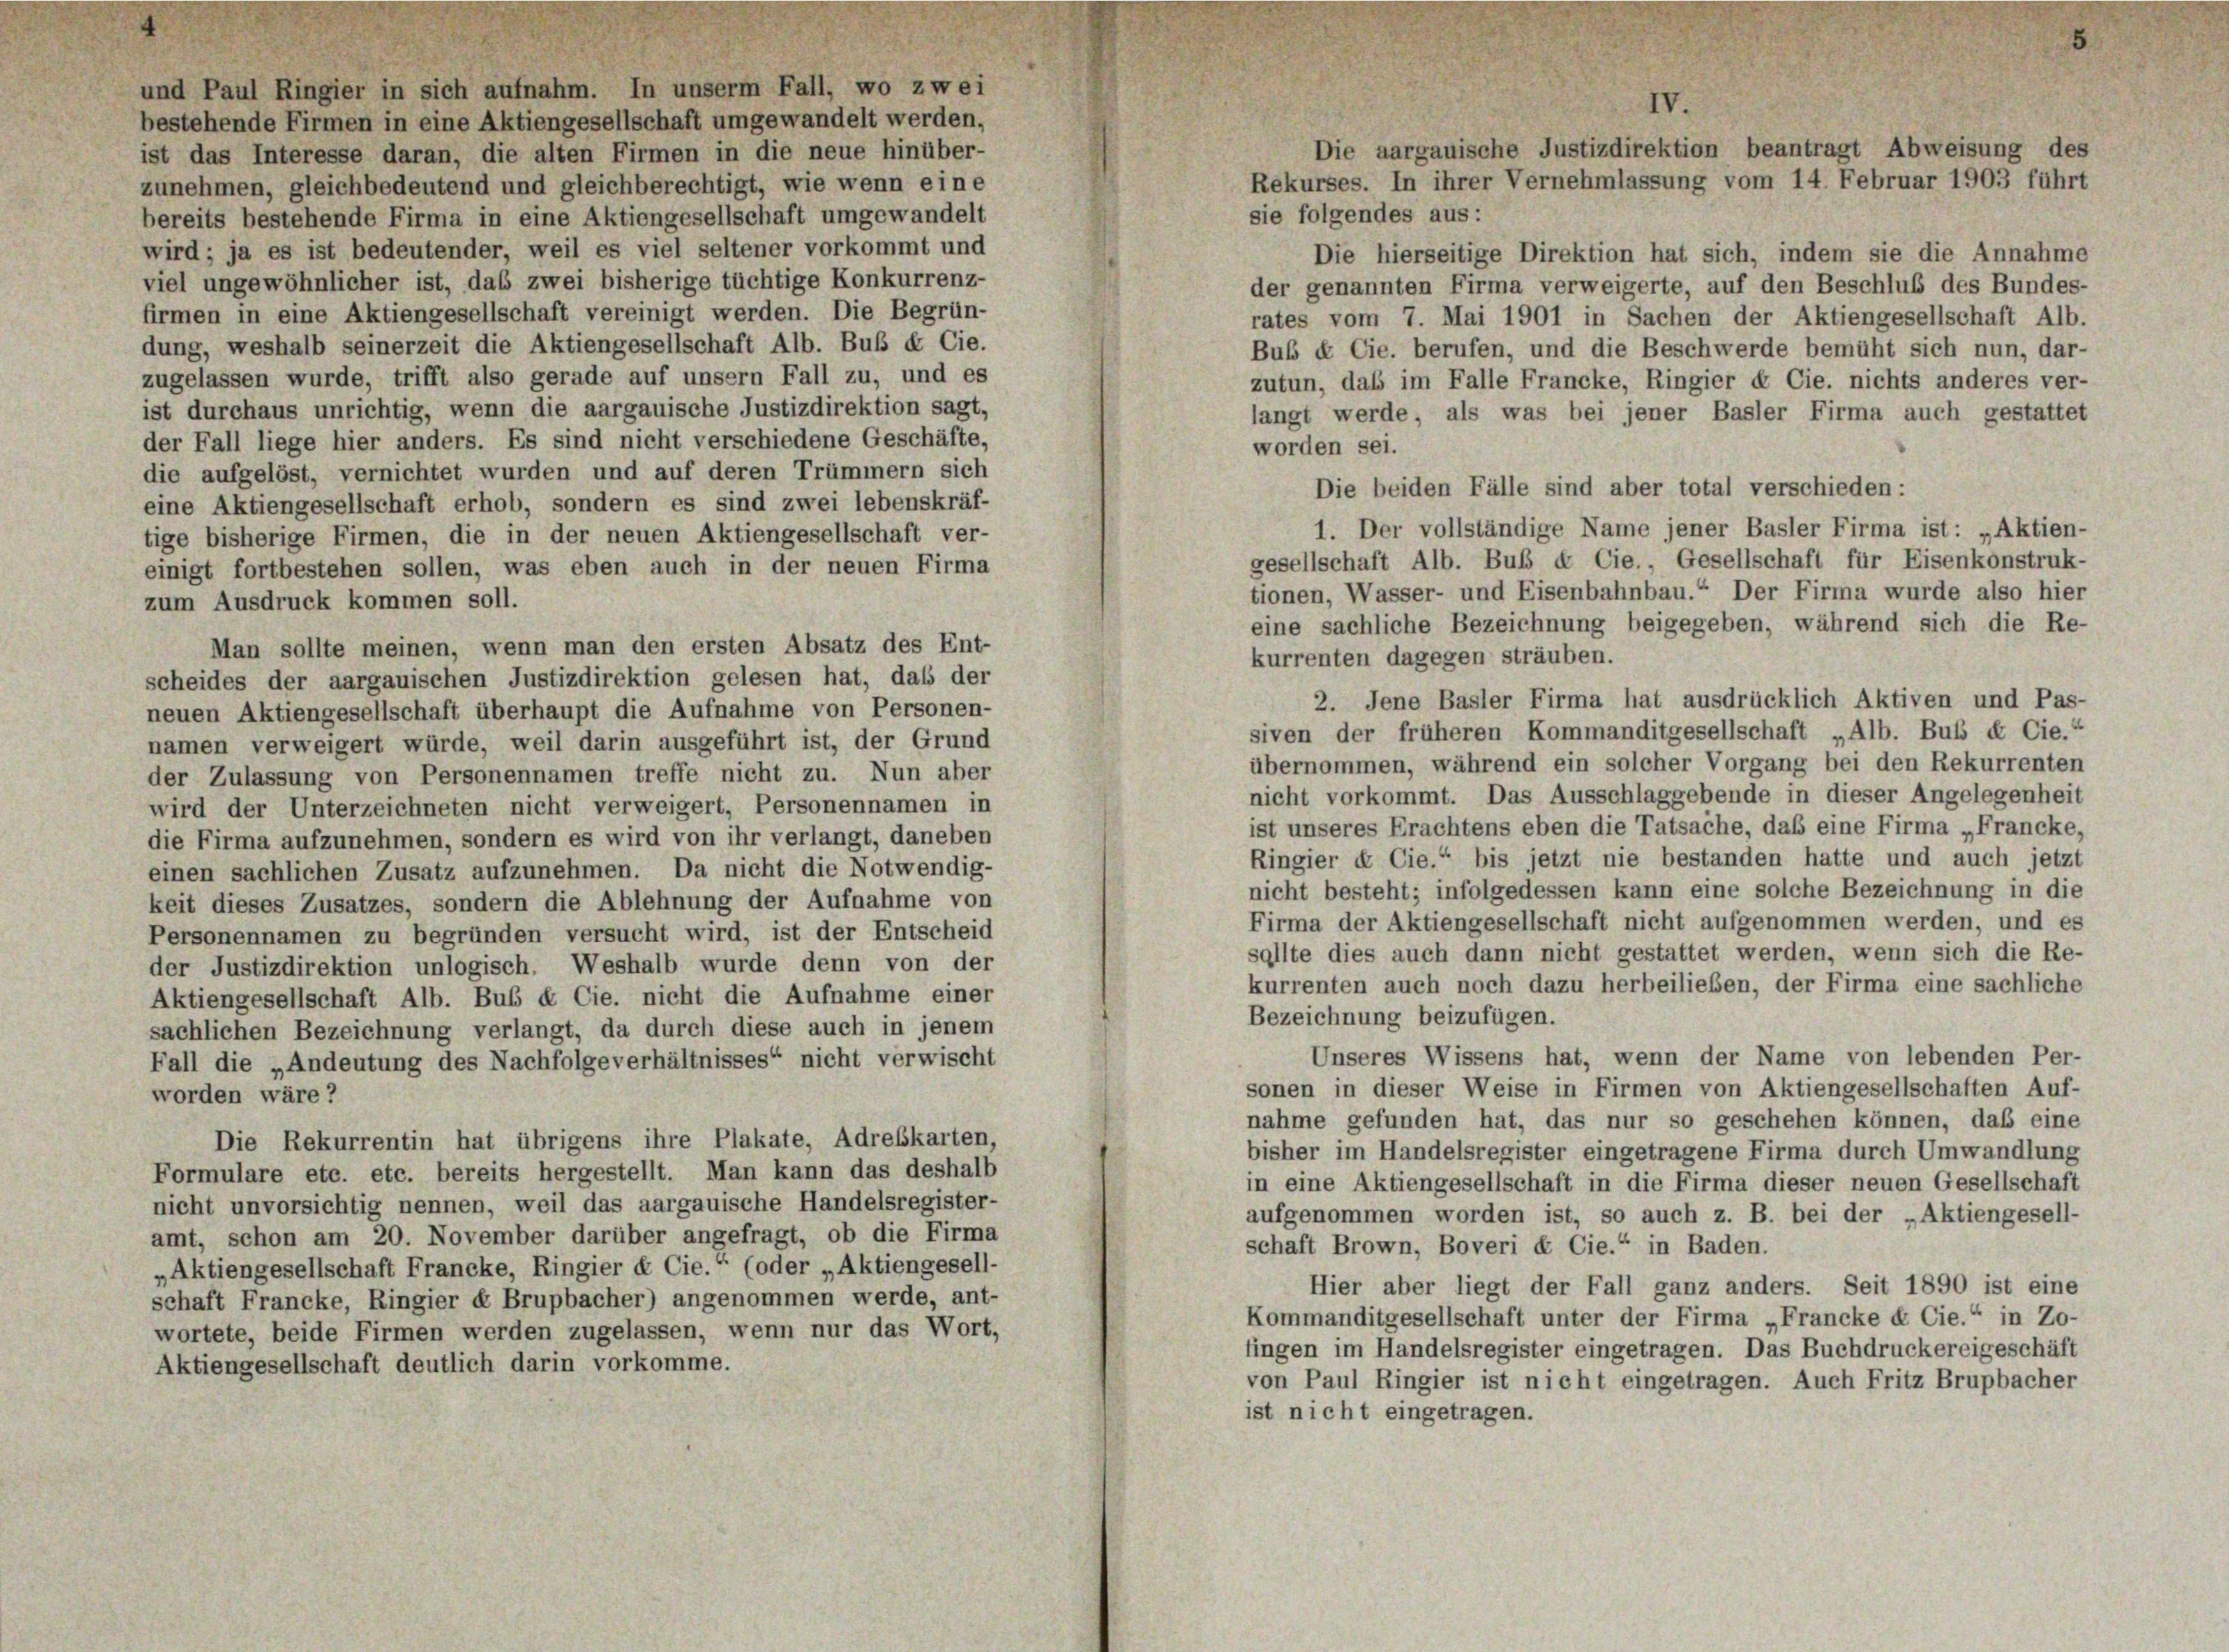
und Paul Ringier in sich aufnahm. In unserm Fall, wo zwei
bestehende Firmen in eine Aktiengesellschaft umgewandelt werden,
ist das Interesse daran, die alten Firmen in die neue hinüber-
zunehmen, gleichbedeutend und gleichberechtigt, wie wenn eine
sie folgendes aus:
bereits bestehende Firma in eine Aktiengesellschaft umgewandelt
wird; ja es ist bedeutender, weil es viel seltener vorkommt und
Die hierseitige Direktion hat sich, indem sie die Annahme
viel ungewöhnlicher ist, das zwei bisherige tüchtige Konkurrenz-
der genannten Firma verweigerte, auf den Beschluß des Bundes-
firmen in eine Aktiengesellschaft vereinigt werden. Die Begrün-
rates vom 7. Mai 1901 in Sachen der Aktiengesellschaft Alb.
dung, weshalb seinerzeit die Aktiengesellschaft Alb. Buß & Cie.
Bub & Cie. berufen, und die Beschwerde bemüht sich nun, dar-
zugelassen wurde, trifft also gerade auf unsern Fall zu, und es
zutun, das im Falle Francke, Ringier & Cie, nichts anderes ver-
ist durchaus unrichtig, wenn die aargauische Justizdirektion sagt,
langt werde, als was bei jener Basler Firma auch gestattet
der Fall liege hier anders. Es sind nicht verschiedene Geschäfte,
worden sei.
die aufgelöst, vernichtet wurden und auf deren Trümmern sich
Die beiden Fälle sind aber total verschieden:
eine Aktiengesellschaft erhob, sondern es sind zwei lebenskräf-
1. Der vollständige Name jener Basler Firma ist: „Aktien-
tige bisherige Firmen, die in der neuen Aktiengesellschaft ver-
gesellschaft Alb. Bub & Cie., Gesellschaft für Eisenkonstruk-
einigt fortbestehen sollen, was eben auch in der neuen Firma
tionen, Wasser- und Eisenbahnbau.“ Der Firma wurde also hier
zum Ausdruck kommen soll.
eine sachliche Bezeichnung beigegeben, während sich die Re-
Man sollte meinen, wenn man den ersten Absatz des Ent-
kurrenten dagegen sträuben.
scheides der aargauischen Justizdirektion gelesen hat, daß der
2. Jene Basler Firma hat ausdrücklich Aktiven und Pas-
neuen Aktiengesellschaft überhaupt die Aufnahme von Personen-
siven der früheren Kommanditgesellschaft „Alb. Bub & Cie.“
namen verweigert würde, weil darin ausgeführt ist, der Grund
übernommen, während ein solcher Vorgang bei den Rekurrenten
der Zulassung von Personennamen treffe nicht zu. Nun aber
nicht vorkommt. Das Ausschlaggebende in dieser Angelegenheit
wird der Unterzeichneten nicht verweigert, Personennamen in
ist unseres Erachtens eben die Tatsache, daß eine Firma „Francke,
die Firma aufzunehmen, sondern es wird von ihr verlangt, daneben
Ringier & Cie.“ bis jetzt nie bestanden hatte und auch jetzt
einen sachlichen Zusatz aufzunehmen. Da nicht die Notwendig-
nicht besteht; infolgedessen kann eine solche Bezeichnung in die
keit dieses Zusatzes, sondern die Ablehnung der Aufnahme von
Firma der Aktiengesellschaft nicht aufgenommen werden, und es
Personennamen zu begründen versucht wird, ist der Entscheid
sollte dies auch dann nicht gestattet werden, wenn sich die Re-
der Justizdirektion unlogisch. Weshalb wurde denn von der
kurrenten auch noch dazu herbeilieben, der Firma eine sachliche
Aktiengesellschaft Alb. Bub & Cie. nicht die Aufnahme einer
Bezeichnung beizufügen.
sachlichen Bezeichnung verlangt, da durch diese auch in jenem
Unseres Wissens hat, wenn der Name von lebenden Per-
Fall die „Andeutung des Nachfolge verhältnisses“ nicht verwischt
sonen in dieser Weise in Firmen von Aktiengesellschaften Auf-
worden wäre?
nahme gefunden hat, das nur so geschehen können, daß eine
Die Rekurrentin hat übrigens ihre Plakate, Adresskarten,
bisher im Handelsregister eingetragene Firma durch Umwandlung
Formulare etc. etc. bereits hergestellt. Man kann das deshalb
in eine Aktiengesellschaft in die Firma dieser neuen Gesellschaft
nicht unvorsichtig nennen, weil das aargauische Handelsregister-
aufgenommen worden ist, so auch z. B. bei der „Aktiengesell-
amt, schon am 20. November darüber angefragt, ob die Firma
schaft Brown, Boveri & Cie.“ in Baden.
„Aktiengesellschaft Francke, Ringier & Cie.“ (oder „Aktiengesell-
Hier aber liegt der Fall ganz anders. Seit 1890 ist eine
schaft Francke, Ringier de Brupbacher) angenommen werde, ant-
Kommanditgesellschaft unter der Firma „Francke & Cie.“ in Zo-
wortete, beide Firmen werden zugelassen, wenn nur das Wort,
fingen im Handelsregister eingetragen. Das Buchdruckereigeschäft
Aktiengesellschaft deutlich darin vorkomme.
von Paul Ringier ist nicht eingetragen. Auch Fritz Brupbacher
ist nicht eingetragen.

V.
Die aargauische Justizdirektion beantragt Abweisung des
Rekurses. In ihrer Vernehmlassung vom 14. Februar 1903 führt